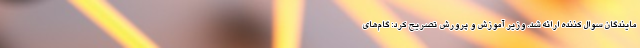
مایندگان سوال کننده ارائه شد. وزیر آموزش و پرورش تصریح کرد: گام‌های